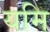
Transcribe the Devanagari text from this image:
यमि